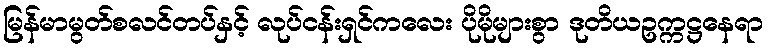
မြန်မာမွတ်စလင်တပ်နှင့် လုပ်ငန်းရှင်ကလေး ပိုမိုများစွာ ဒုတိယဥက္ကဋ္ဌနေရာ